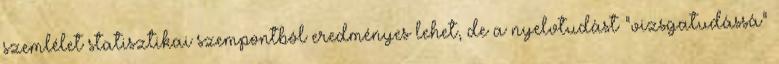
szemlélet statisztikai szempontból eredményes lehet, de a nyelvtudást "vizsgatudássá"